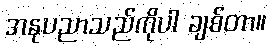
အနုပညာသည်ကိုပါ ချစ်တာ။